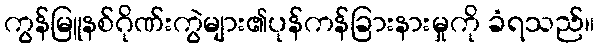
ကွန်မြူနစ်ဂိုဏ်းကွဲများ၏ပုန်ကန်ခြားနားမှုကို ခံရသည်။